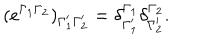
( e ^ { \Gamma _ { 1 } \Gamma _ { 2 } } ) _ { \Gamma _ { 1 } ^ { \prime } \Gamma _ { 2 } ^ { \prime } } = \delta _ { \Gamma _ { 1 } ^ { \prime } } ^ { \Gamma _ { 1 } } \delta _ { \Gamma _ { 2 } ^ { \prime } } ^ { \Gamma _ { 2 } } .